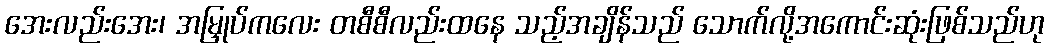
အေးလည်းအေး၊ အမြှုပ်ကလေး တစီစီလည်းထနေ သည့်အချိန်သည် သောက်လို့အကောင်းဆုံးဖြစ်သည်ဟု